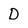
Character: D